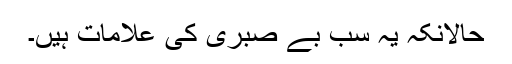
حالانکہ یہ سب بے صبری کی علامات ہیں۔